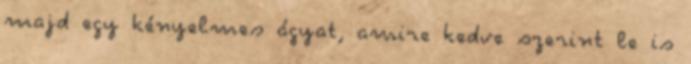
majd egy kényelmes ágyat, amire kedve szerint le is